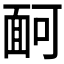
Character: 𩈔